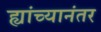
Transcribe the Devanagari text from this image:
ह्यांच्यानंतर